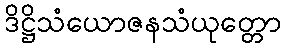
ဒိဋ္ဌိသံယောဇနသံယုတ္တော